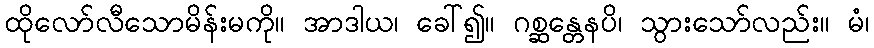
ထိုလော်လီသောမိန်းမကို။ အာဒါယ၊ ခေါ်၍။ ဂစ္ဆန္တေနပိ၊ သွားသော်လည်း။ မံ၊